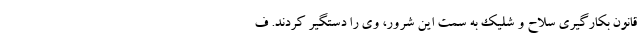
قانون بکارگیری سلاح و شلیک به سمت این شرور، وی را دستگیر کردند. ف